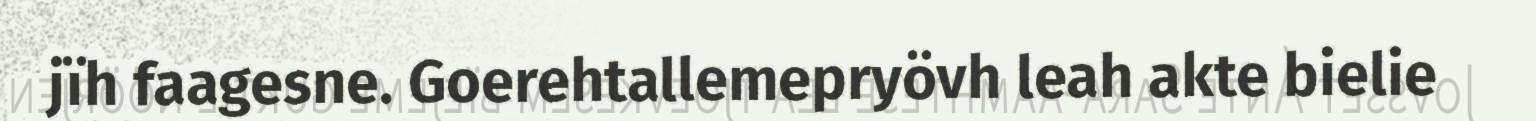
jïh faagesne. Goerehtallemepryövh leah akte bielie